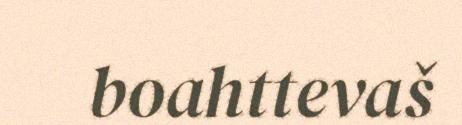
boahttevaš